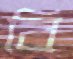
বি